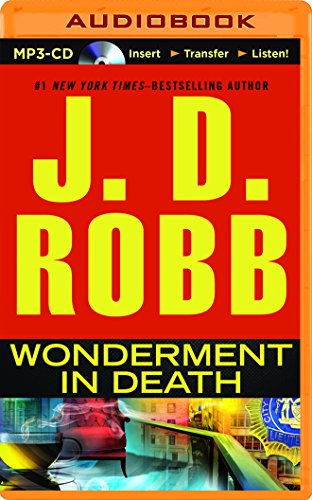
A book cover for Wonderment in Death (In Death Series); J. D. Robb; Romance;